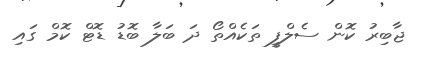
ޖާބިރު ކޮން ސެލްފީ ތަކެއްތޯ ދަ ބަލާ ބޮޑު ޑޮޓް ކޮމް ގައި